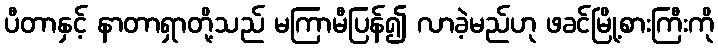
ပီတာနှင့် နာတာရှာတို့သည် မကြာမီပြန်၍ လာခဲ့မည်ဟု ဖခင်မြို့စားကြီးကို